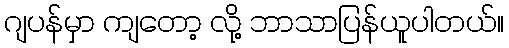
ဂျပန်မှာ ကျတော့ လို့ ဘာသာပြန်ယူပါတယ်။